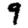
Digit: 9